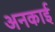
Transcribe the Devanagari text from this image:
अनकाई